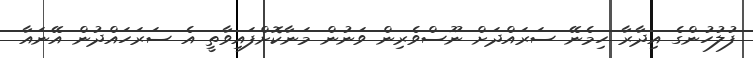
ފުލުހުންގެ އިދާރާ ހިމެނޭ ސަރައްދަށް ނޫސްވެރިން ވަނުން މަނާކޮށްފައިވާތީ އެ ސަރަހައްދުން އޭނައާ